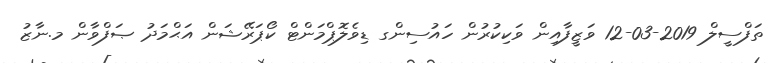
ތަފްސީލް 2019-03-12 ވަޒީފާއިން ވަކިކުރުން ހައުސިންގ ޑިވެލޮޕްމަންޓް ކޯޕަރޭޝަން އަޙްމަދު ޞަފްވާން މ.ނާޒު